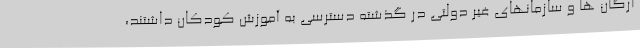
ارگان ها و سازمانهای غیر دولتی در گذشته دسترسی به آموزش کودکان داشتند،